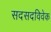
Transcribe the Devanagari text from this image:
सदसदविवेक